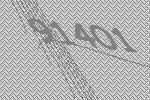
91401